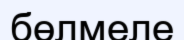
бөлмеле